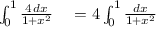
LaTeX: \begin{array} { r l } { \int _ { 0 } ^ { 1 } { \frac { 4 \, d x } { 1 + x ^ { 2 } } } } & { { } = 4 \int _ { 0 } ^ { 1 } { \frac { d x } { 1 + x ^ { 2 } } } } \end{array}